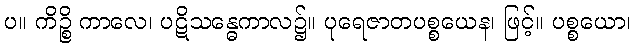
ပ။ ကိဉ္စိ ကာလေ၊ ပဋိသန္ဓေကာလ၌။ ပုရေဇာတပစ္စယေန၊ ဖြင့်။ ပစ္စယော၊